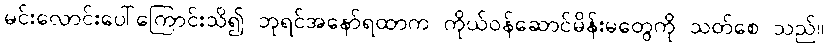
မင်းလောင်းပေါ်ကြောင်းသိ၍ ဘုရင်အနော်ရထာက ကိုယ်ဝန်ဆောင်မိန်းမတွေကို သတ်စေ သည်။